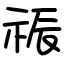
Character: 祳